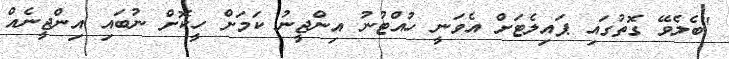
"ބެލެވޭ ގޮތުގައި ޕައިލެޓަށް އެވަނީ ހުއްޓުނު އިންޖީނު ކަމަށް ހީކޮށް ނުބައި އިންޖީނެއް